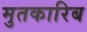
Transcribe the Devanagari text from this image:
मुतकारिब